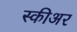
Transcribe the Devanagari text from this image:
स्कीअर